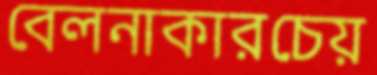
বেলনাকারচেয়